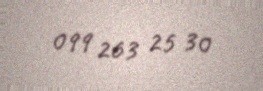
099 263 25 30